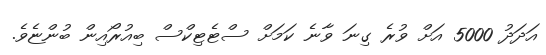
އަދަދު 5000 އަށް ވުރެ ގިނަ ވާނެ ކަމަށް ސްޓެޓިކްސް ބިއުރޯއިން ބުންޏެވެ.